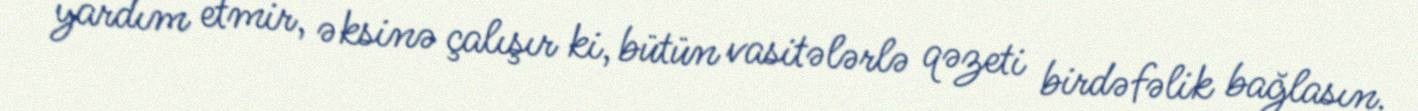
yardım etmir, əksinə çalışır ki, bütün vasitələrlə qəzeti birdəfəlik bağlasın.